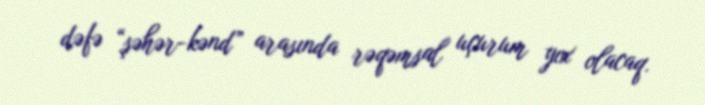
dəfə “şəhər-kənd” arasında rəqəmsal uçurum yox olacaq.